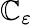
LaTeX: \mathbb{C}_{\varepsilon}